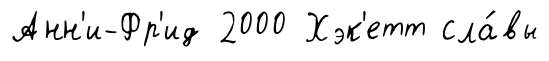
Анн'и-Фр'ид 2000 Хэк'етт сла́вы